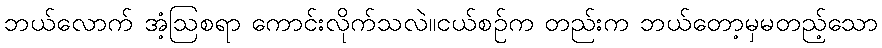
ဘယ်လောက် အံ့ဩစရာ ကောင်းလိုက်သလဲ။ငယ်စဉ်က တည်းက ဘယ်တော့မှမတည့်သော